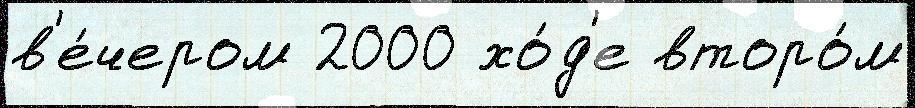
в'е́чером 2000 хо́д'е второ́м